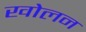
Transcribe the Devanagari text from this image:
खोलन